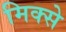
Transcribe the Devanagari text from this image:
मिक्से